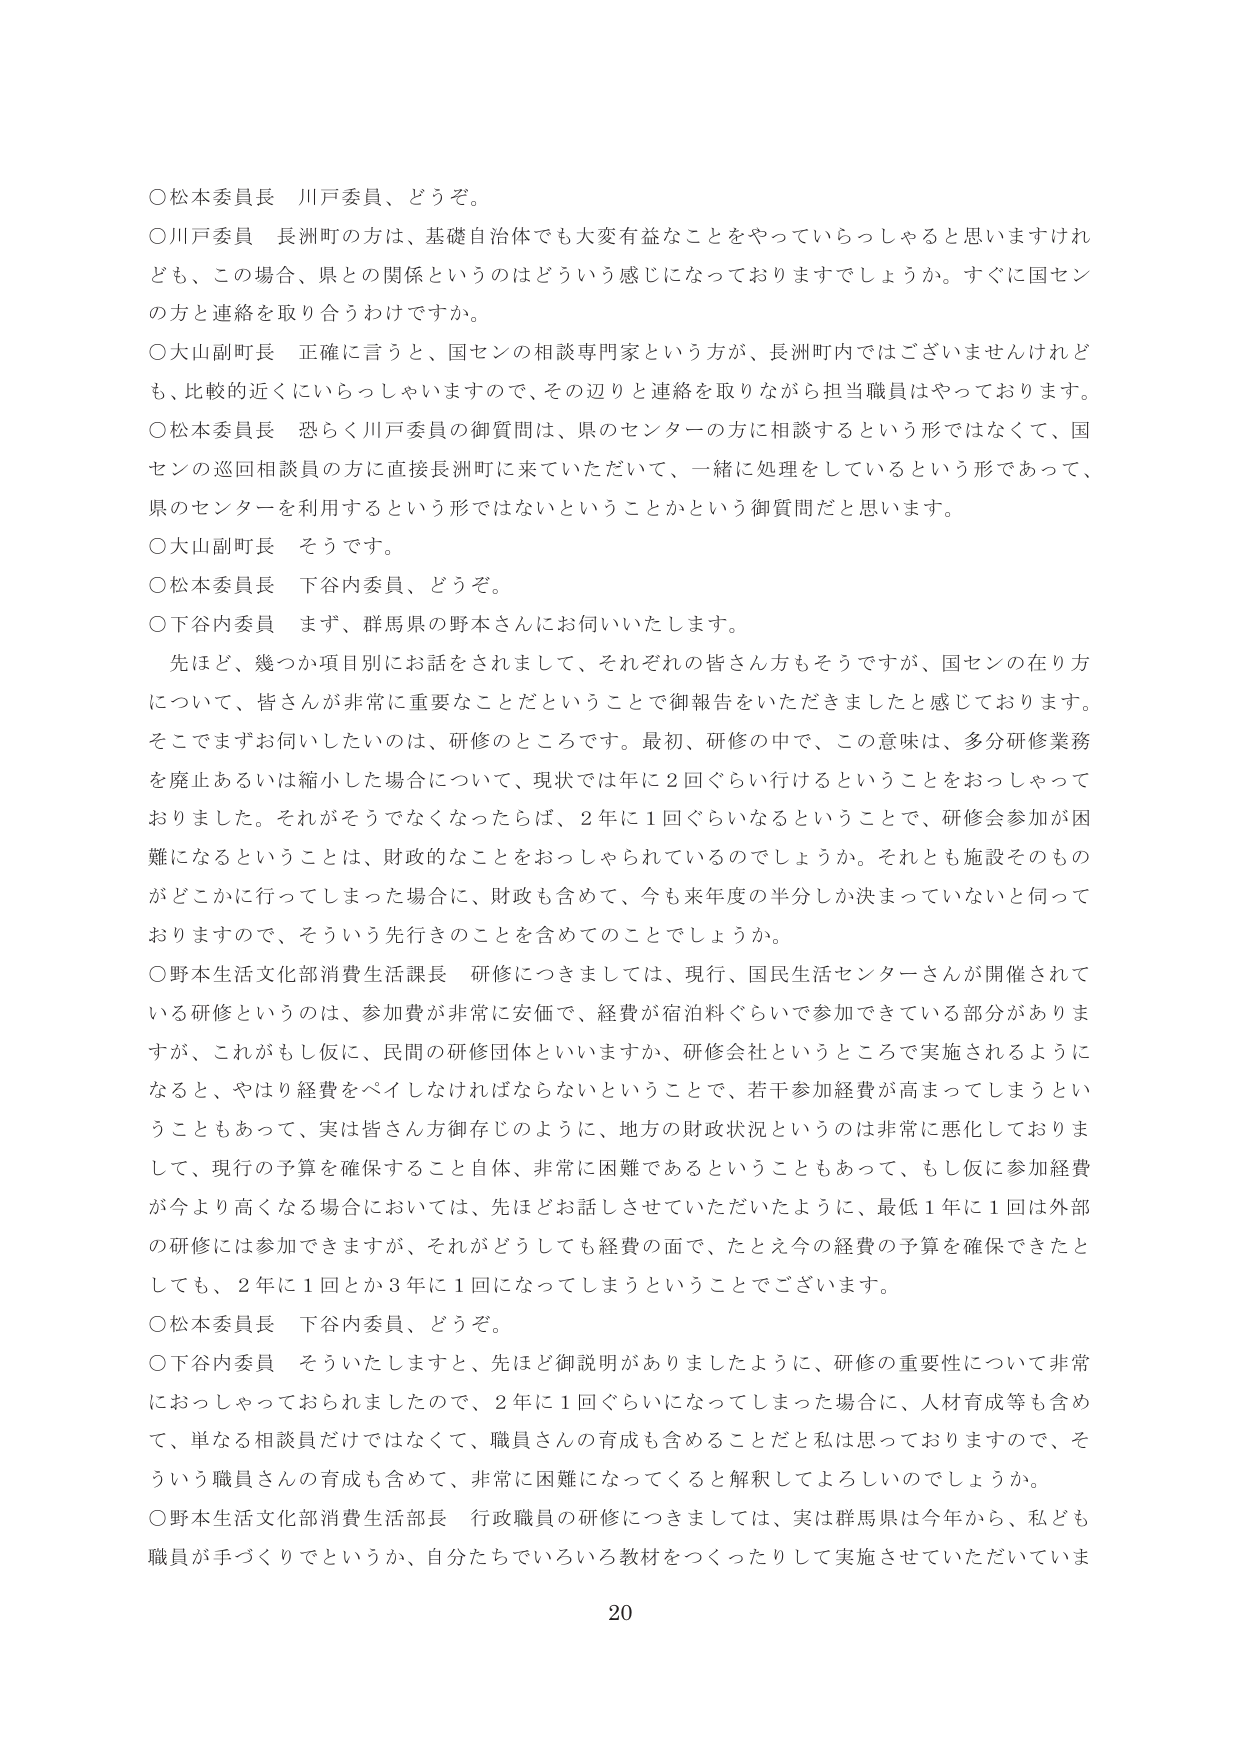
○松本委員長 川戸委員、どうぞ。

○川戸委員 長洲町の方は、基礎自治体でも大変有益なことをやっていらっしゃると思いますけれども、この場合、県との関係というのはどういう感じになっておりますでしょうか。すぐに国センの方と連絡を取り合うわけですか。

○大山副町長 正確に言うと、国センの相談専門家という方が、長洲町内ではございませんけれども、比較的近くにいらっしゃいますので、その辺りと連絡を取りながら担当職員はやっております。

○松本委員長 恐らく川戸委員の御質問は、県のセンターの方に相談するという形ではなくて、国センの巡回相談員の方に直接長洲町に来ていただいて、一緒に処理をしているという形であって、県のセンターを利用するという形ではないということかという御質問だと思います。

○大山副町長 そうです。

○松本委員長 下谷内委員、どうぞ。

○下谷内委員 まず、群馬県の野本さんにお伺いいたします。

　先ほど、幾つか項目別にお話をされまして、それぞれの皆さん方もそうですが、国センの在り方について、皆さんが非常に重要なことだということで御報告をいただきましたと感じております。そこでまずお伺いしたいのは、研修のところです。最初、研修の中で、この意味は、多分研修業務を廃止あるいは縮小した場合について、現状では年に２回ぐらい行けるということをおっしゃっておりました。それがそうでなくなったらば、２年に１回ぐらいなるということで、研修会参加が困難になるということは、財政的なことをおっしゃられているのでしょうか。それとも施設そのものがどこかに行ってしまった場合に、財政も含めて、今も来年度の半分しか決まっていないと伺っておりますので、そういう先行きのことを含めてのことでしょうか。

○野本生活文化部消費生活課長 研修につきましては、現行、国民生活センターさんが開催されている研修というのは、参加費が非常に安価で、経費が宿泊料ぐらいで参加できている部分がありますが、これがもし仮に、民間の研修団体といいますか、研修会社というところで実施されるようになると、やはり経費をペイしなければならないということで、若干参加経費が高まってしまうということもあって、実は皆さん方御存じのように、地方の財政状況というのは非常に悪化しておりまして、現行の予算を確保すること自体、非常に困難であるということもあって、もし仮に参加経費が今より高くなる場合においては、先ほどお話しさせていただいたように、最低１年に１回は外部の研修には参加できますが、それがどうしても経費の面で、たとえ今の経費の予算を確保できたとしても、２年に１回とか３年に１回になってしまうということでございます。

○松本委員長 下谷内委員、どうぞ。

○下谷内委員 そういたしますと、先ほど御説明がありましたように、研修の重要性について非常ににおっしゃっておられましたので、２年に１回ぐらいになってしまった場合に、人材育成等も含めて、単なる相談員だけではなくて、職員さんの育成も含めることだと私は思っておりますので、そういう職員さんの育成も含めて、非常に困難になってくると解釈してよろしいのでしょうか。

○野本生活文化部消費生活部長 行政職員の研修につきましては、実は群馬県は今年から、私ども職員が手づくりでというか、自分たちでいろいろ教材をつくったりして実施させていただいていま

20